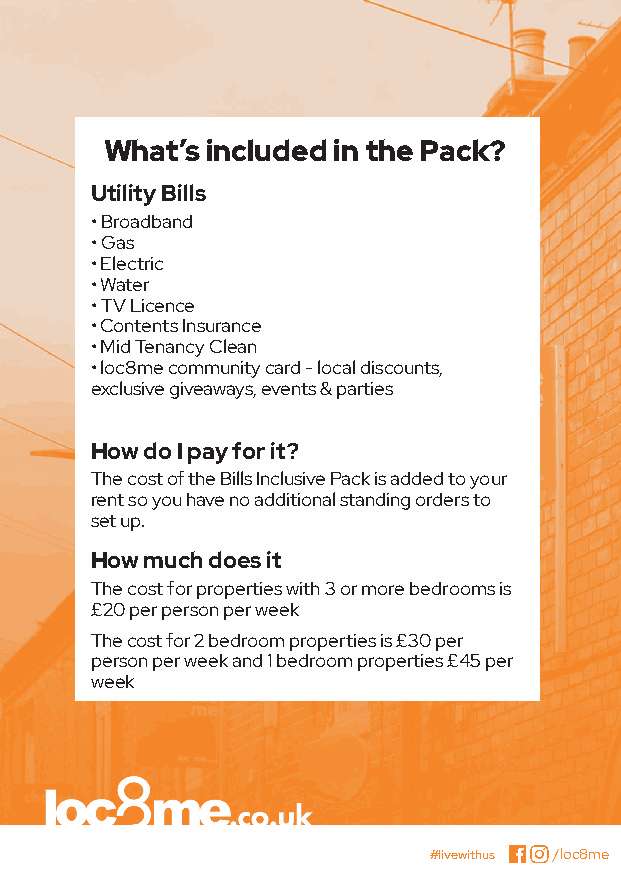
What’s included in the Pack?
 Utility Bills
 • Broadband
 • Gas
 • Electric
 • Water
 • TV Licence
 • Contents Insurance
 • Mid Tenancy Clean
 • loc8me community card - local discounts,
 exclusive giveaways, events & parties
 How do I pay for it?
 The cost of the Bills Inclusive Pack is added to your
 rent so you have no additional standing orders to
 set up.
 How much does it
 The cost for properties with 3 or more bedrooms is
 £20 per person per week
 The cost for 2 bedroom properties is £30 per
 person per week and 1 bedroom properties £45 per
 week
 #livewithus /loc8me